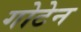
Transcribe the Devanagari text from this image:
गोटेन